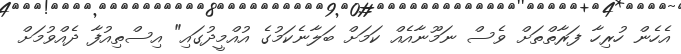
އެހެން ހުރިހާ ފަރާތްތަށް ވެސް ނަމޫނާއެއް ކަމަށް ބަލާނެކަމުގެ އުއްމީދުގައި" އިސްތިއުފާ ދެއްވުމަށް